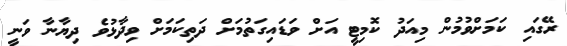
ރޭގައި ކަމަށްވުމުން މިއަދު ކޮމިޓީ އަށް ވަޑައިގަތުމަށް ދަތިކަމަށް ވިދާޅުވެ ދިޔާނާ ވަނީ